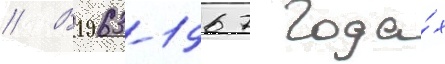
// В 1963-1967 года́х